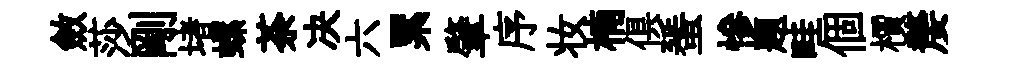
斂莎剛堵螺荼决六累肇序妆楠俱蜑慘题畦個檟嫠